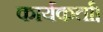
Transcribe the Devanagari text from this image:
कार्यकर्ता।